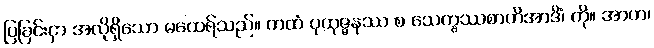
ပြခြင်းငှာ အလိုရှိသော မထေရ်သည်။ ကထံ ပုထုဇ္ဇနဿ စ သေက္ခဿစာတိအာဒိံ၊ ကို။ အာဟ၊